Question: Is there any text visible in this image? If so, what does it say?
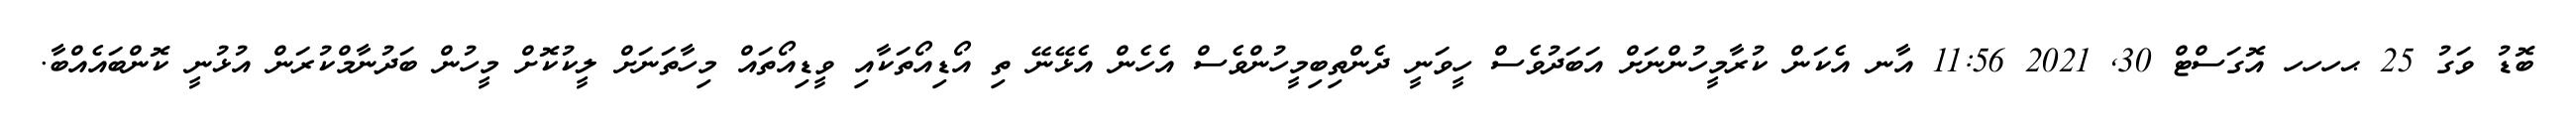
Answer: ބޮޑު ވަގު 25 ޙހހހ އޮގަސްޓް 30, 2021 11:56 އާނ އެކަން ކުރާމީހުންނަށް އަބަދުވެސް ހީވަނީ ދެންތިބިމީހުންވެސް އެހެން އެޅޭނޭ ތި އޯޑިއޯތަކާއި ވީޑިއޯތައް މިހާތަނަށް ލީކުކޮށް މީހުން ބަދުނާމްކުރަން އުޅުނީ ކޮންބައެއްބާ.